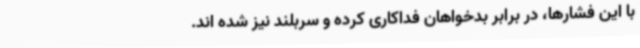
با این فشارها، در برابر بدخواهان فداکاری کرده و سربلند نیز شده اند.